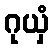
ဂုယှံ